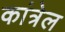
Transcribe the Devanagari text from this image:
कांत्रेल